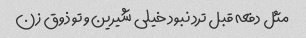
مثل دفعه قبل ترد نبود خیلی شیرین و تو ذوق زن